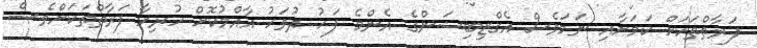
ފަރާތްތަކަށް ކަމަށާއި ނަމަވެސް އެގްޒިބިޝަންގެ އެންމެ ފަހު ދުވަހު އާއްމުކޮށް ހުރިހާ ފަރާތްތަކަށްވެސް